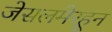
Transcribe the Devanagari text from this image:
जेसलमेरहून